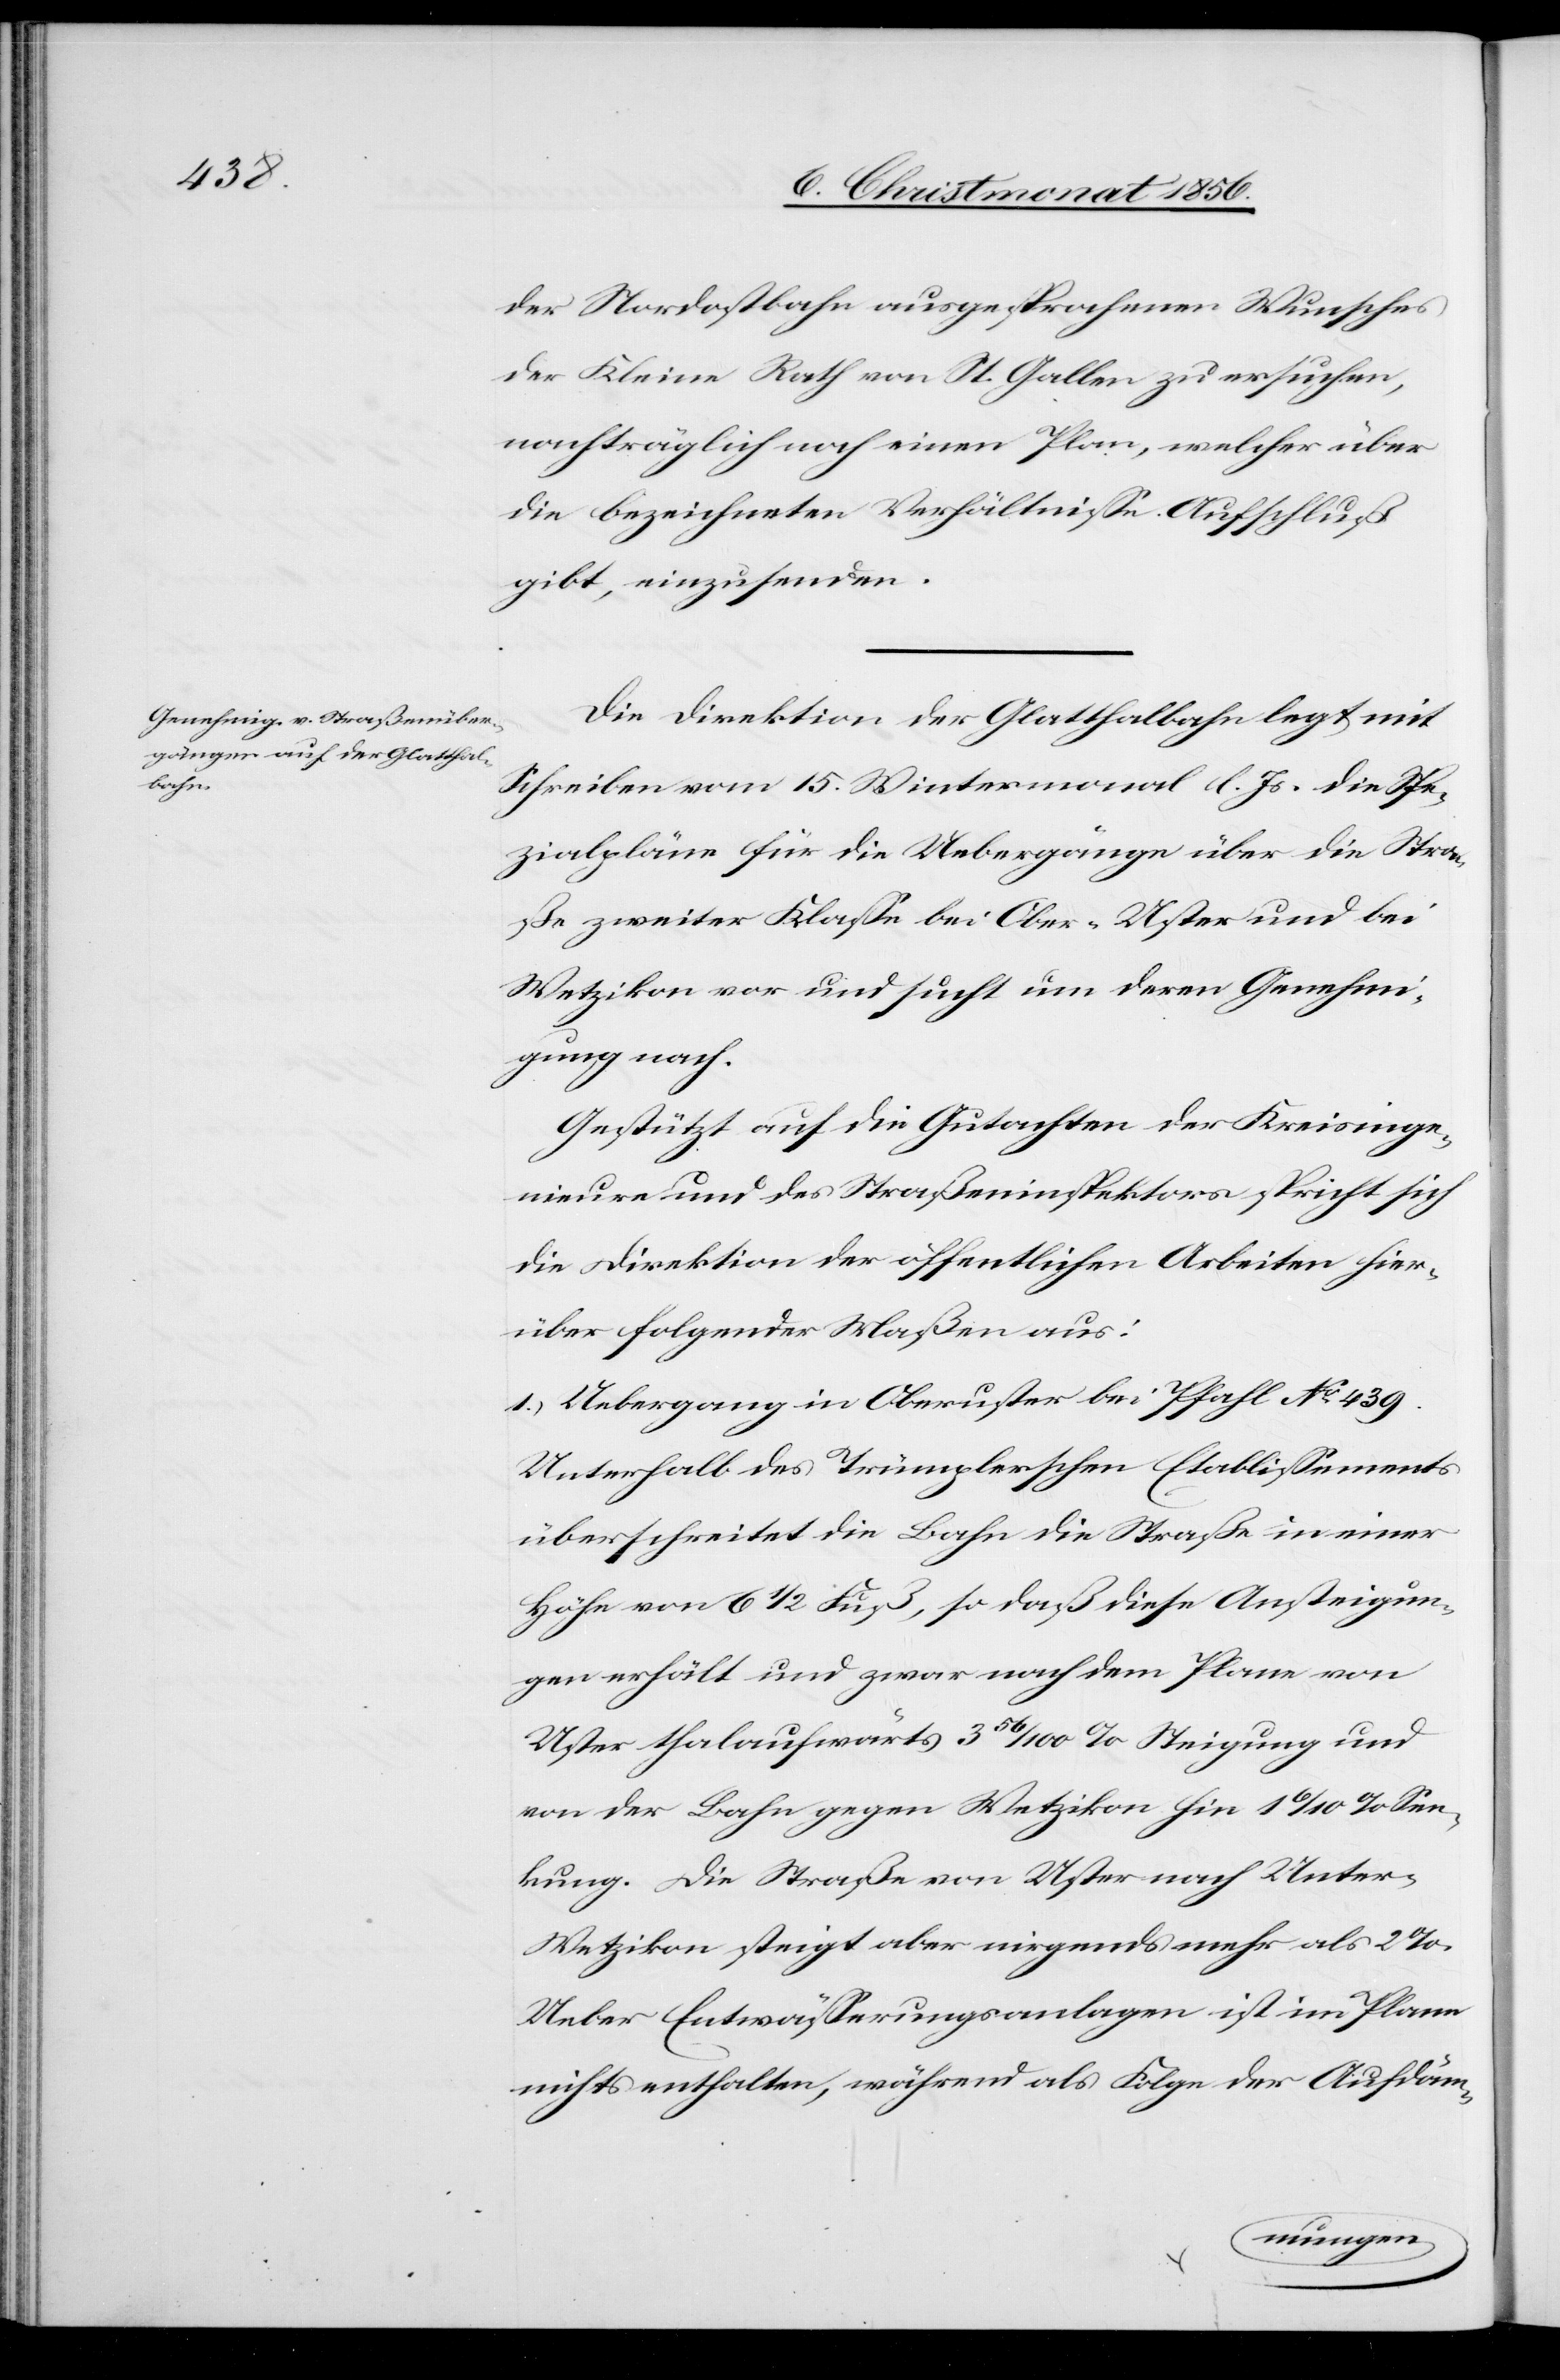
der Nordostbahn ausgesprochenen Wunsches
der Kleine Rath von St. Gallen zu ersuchen,
nachträglich noch einen Plan, welcher über
die bezeichneten Verhältnisse Aufschluß
gibt, einzusenden.
Die Direktion der Glatthalbahn legt mit
Schreiben vom 15. Wintermonat l. Js. die Spe¬
zialpläne für die Uebergänge über die Stra¬
ße zweiter Klasse bei Ober-Uster und bei
Wetzikon vor und sucht um deren Genehmi¬
gung nach.
Gestützt auf die Gutachten der Kreisinge¬
nieure und des Straßeninspektors spricht sich
die Direktion der öffentlichen Arbeiten hier¬
über folgender Maßen aus:
1.) Uebergang in Oberuster bei Pfahl No 439.
Unterhalb des Trümplerschen Etablissements
überschreitet die Bahn die Straße in einer
Höhe von 6 ½ Fuß, so daß diese Ansteigun¬
gen erhält und zwar nach dem Plane von
Uster thalaufwärts 3 56/100 % Steigung und
von der Bahn gegen Wetzikon hin 1 6/10 % Sen¬
kung. Die Straße von Uster nach Unter-W¬
etzikon steigt aber nirgends mehr als 2%.
Ueber Entwässerungsanlagen ist im Plane
nichts enthalten, während als Folge der Aufdäm-